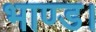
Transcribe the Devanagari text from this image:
भाण्ड।